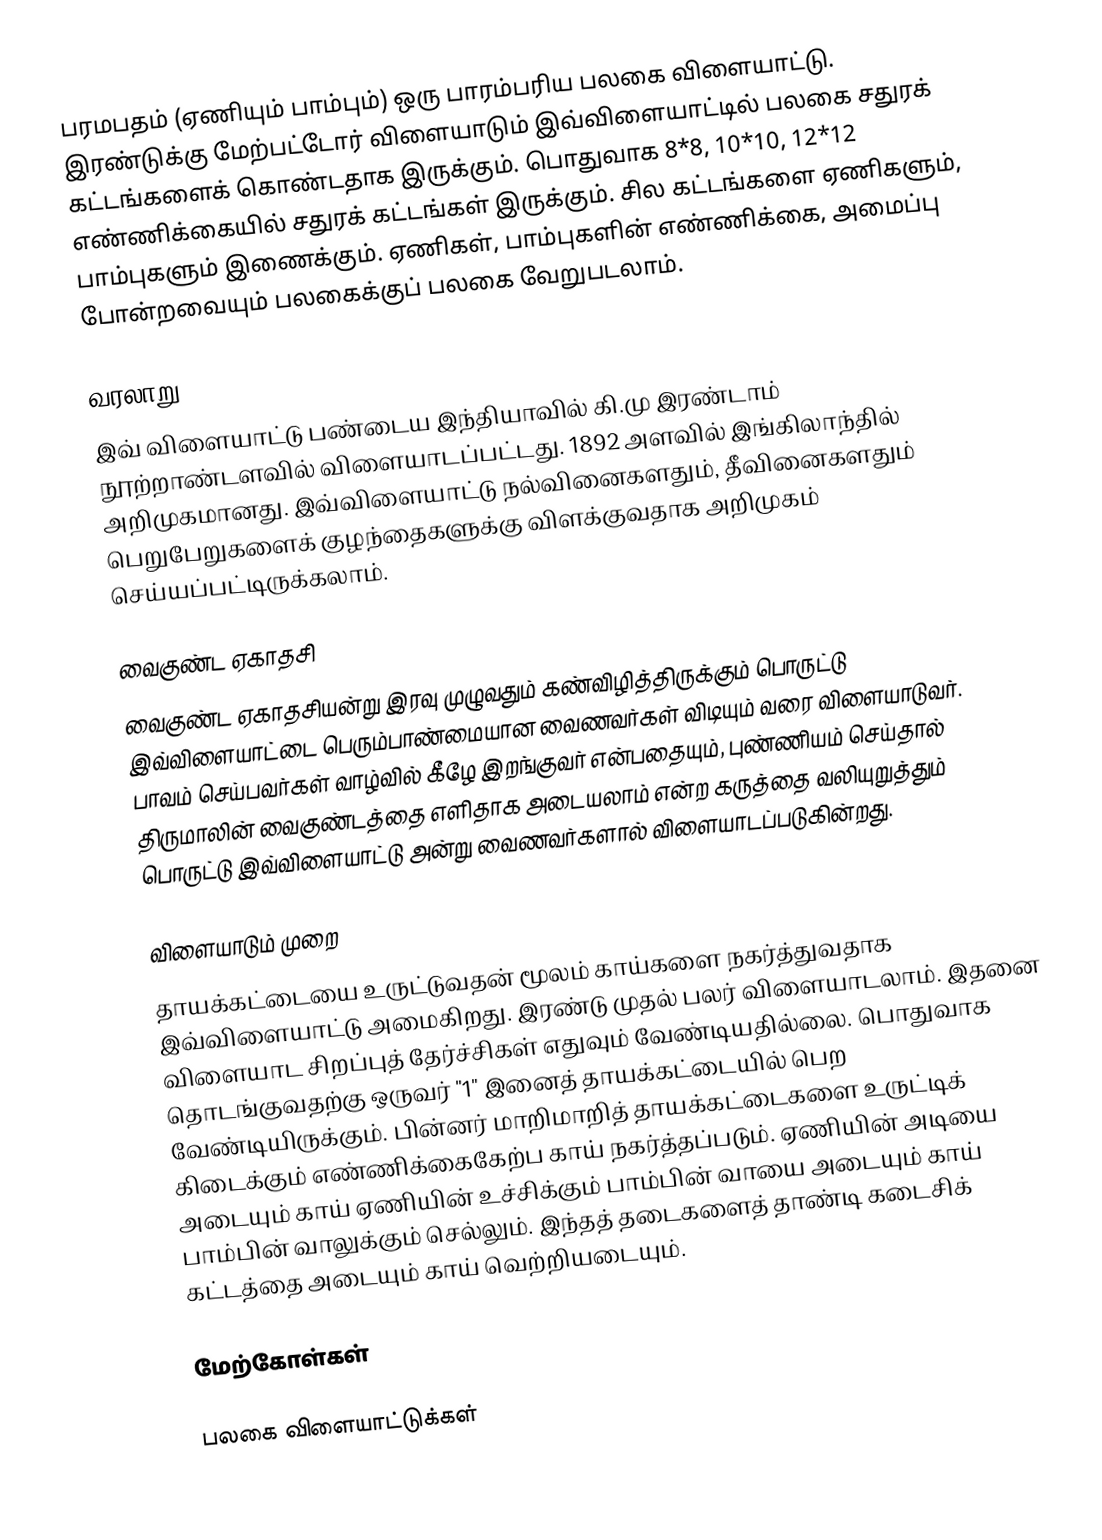
பரமபதம் (ஏணியும் பாம்பும்) ஒரு பாரம்பரிய பலகை விளையாட்டு. இரண்டுக்கு மேற்பட்டோர் விளையாடும் இவ்விளையாட்டில் பலகை சதுரக் கட்டங்களைக் கொண்டதாக இருக்கும். பொதுவாக 8*8, 10*10, 12*12 எண்ணிக்கையில் சதுரக் கட்டங்கள் இருக்கும். சில கட்டங்களை ஏணிகளும், பாம்புகளும் இணைக்கும். ஏணிகள், பாம்புகளின் எண்ணிக்கை, அமைப்பு போன்றவையும் பலகைக்குப் பலகை வேறுபடலாம்.

வரலாறு
இவ் விளையாட்டு பண்டைய இந்தியாவில் கி.மு இரண்டாம் நூற்றாண்டளவில் விளையாடப்பட்டது. 1892 அளவில் இங்கிலாந்தில் அறிமுகமானது. இவ்விளையாட்டு நல்வினைகளதும், தீவினைகளதும் பெறுபேறுகளைக் குழந்தைகளுக்கு விளக்குவதாக அறிமுகம் செய்யப்பட்டிருக்கலாம்.

வைகுண்ட ஏகாதசி
வைகுண்ட ஏகாதசியன்று இரவு முழுவதும் கண்விழித்திருக்கும் பொருட்டு இவ்விளையாட்டை பெரும்பாண்மையான வைணவர்கள் விடியும் வரை விளையாடுவர். பாவம் செய்பவர்கள் வாழ்வில் கீழே இறங்குவர் என்பதையும், புண்ணியம் செய்தால் திருமாலின் வைகுண்டத்தை எளிதாக அடையலாம் என்ற கருத்தை வலியுறுத்தும் பொருட்டு இவ்விளையாட்டு அன்று வைணவர்களால் விளையாடப்படுகின்றது.

விளையாடும் முறை
தாயக்கட்டையை உருட்டுவதன் மூலம் காய்களை நகர்த்துவதாக இவ்விளையாட்டு அமைகிறது. இரண்டு முதல் பலர் விளையாடலாம். இதனை விளையாட சிறப்புத் தேர்ச்சிகள் எதுவும் வேண்டியதில்லை. பொதுவாக தொடங்குவதற்கு ஒருவர் "1" இனைத் தாயக்கட்டையில் பெற வேண்டியிருக்கும். பின்னர் மாறிமாறித் தாயக்கட்டைகளை உருட்டிக் கிடைக்கும் எண்ணிக்கைகேற்ப காய் நகர்த்தப்படும். ஏணியின் அடியை அடையும் காய் ஏணியின் உச்சிக்கும் பாம்பின் வாயை அடையும் காய் பாம்பின் வாலுக்கும் செல்லும். இந்தத் தடைகளைத் தாண்டி கடைசிக் கட்டத்தை அடையும் காய் வெற்றியடையும்.

மேற்கோள்கள்

பலகை விளையாட்டுக்கள்